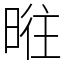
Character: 暀